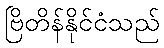
ဗြိတိန်နိုင်ငံသည်